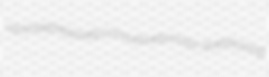
usnin expressively convulsively cross-questioning